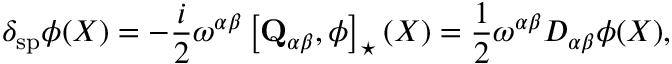
\delta _ { \mathrm { s p } } \phi ( X ) = - \frac { i } { 2 } \omega ^ { \alpha \beta } \left[ \mathbf { Q } _ { \alpha \beta } , \phi \right] _ { \star } ( X ) = \frac { 1 } { 2 } \omega ^ { \alpha \beta } D _ { \alpha \beta } \phi ( X ) ,